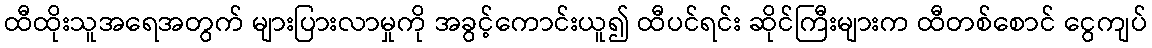
ထီထိုးသူအရေအတွက် များပြားလာမှုကို အခွင့်ကောင်းယူ၍ ထီပင်ရင်း ဆိုင်ကြီးများက ထီတစ်စောင် ငွေကျပ်